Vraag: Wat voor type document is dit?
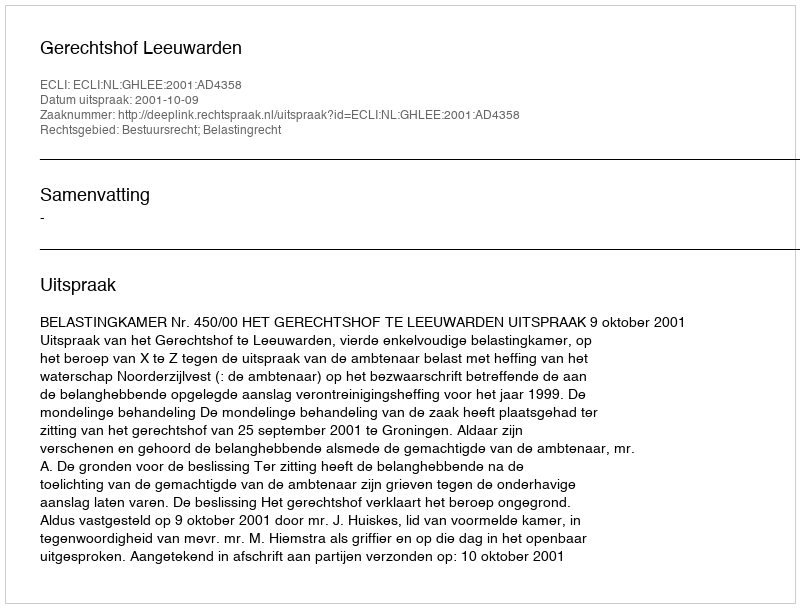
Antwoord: Uitspraak